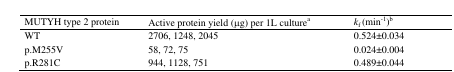
<table><thead><tr><td><b>MUTYH type 2 protein</b></td><td><b>Active protein yield (μg) per 1L culturea</b></td><td><b><i>k</i><sub>f</sub>(min<sup>−1</sup>)b</b></td></tr></thead><tbody><tr><td>WT</td><td>2706, 1248,2045</td><td>0.524±0.034</td></tr><tr><td>p.M255V</td><td>58,72,75</td><td>0.024±0.004</td></tr><tr><td>p.R281C</td><td>944, 1128,751</td><td>0.489±0.044</td></tr></tbody></table>